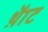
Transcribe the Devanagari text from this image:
थ़ॅाट